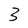
Character: 3